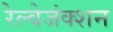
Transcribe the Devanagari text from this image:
रेल्वेजंक्शन